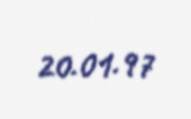
20.01.97